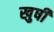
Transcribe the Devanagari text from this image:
खुषी